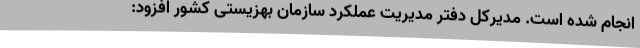
انجام شده است. مدیرکل دفتر مدیریت عملکرد سازمان بهزیستی کشور افزود: